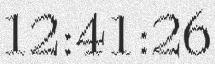
12:41:26